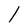
Character: l